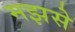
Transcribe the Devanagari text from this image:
मझसे